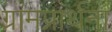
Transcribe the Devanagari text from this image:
ग्रामप्रार्थना